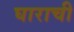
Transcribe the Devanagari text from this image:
घाराची